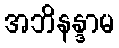
အဘိနန္ဒာမ